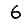
Digit: 6